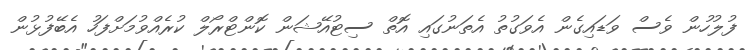
ފުލުހުން ވެސް ވަޑައިގެން އެވަގުތު އެތަނުގައި އޮތް ސިޓުއޭޝަން ކޮންޓްރޯލް ކުރެއްވުމަށްފަހު އެބޭފުޅުން